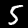
Label: 5